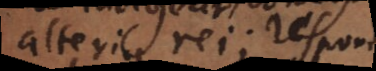
alterius rei; respondeo: